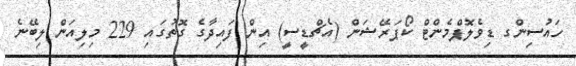
ހައުސިންގ ޑިވެލޮޕްމެންޓް ކޯޕަރޭޝަން (އެޗްޑީސީ) އިން ފައިދާގެ ގޮތުގައި 229 މިލިއަން ލިބޭނެ